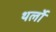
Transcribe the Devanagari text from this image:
थर्लो